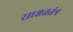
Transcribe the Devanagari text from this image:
साश्वततंत्र